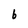
Character: b